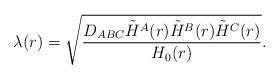
LaTeX: \begin{align*}\lambda(r) = \sqrt{{D_{ABC}\tilde H^A(r)\tilde H^B(r)\tilde H^C(r)\over H_0(r)}} .\end{align*}